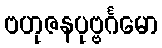
ဗဟုဇနပုဗ္ဗင်္ဂမော